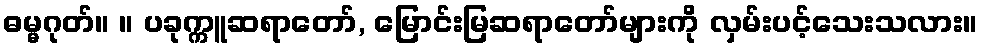
ဓမ္မဂုတ်။ ။ ပခုက္ကူဆရာတော်, မြောင်းမြဆရာတော်များကို လှမ်းပင့်သေးသလား။